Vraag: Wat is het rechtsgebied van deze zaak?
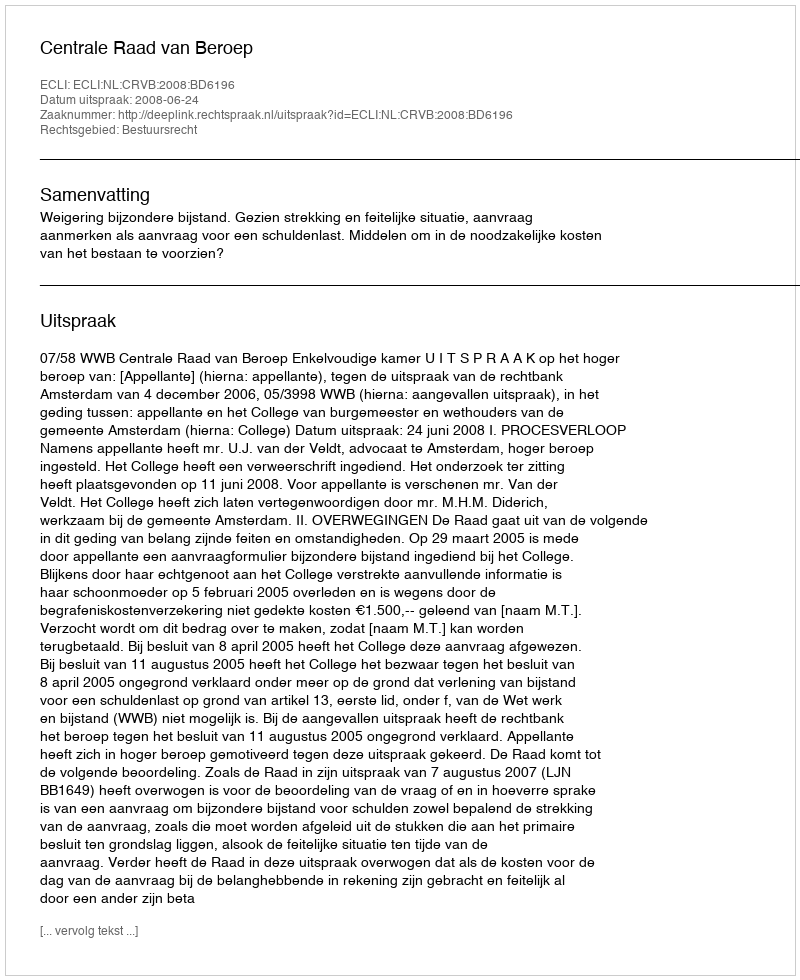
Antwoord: Bestuursrecht